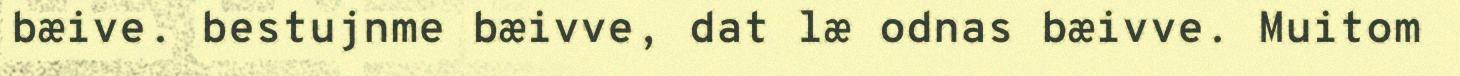
bæive. bestujnme bæivve, dat læ odnas bæivve. Muitom